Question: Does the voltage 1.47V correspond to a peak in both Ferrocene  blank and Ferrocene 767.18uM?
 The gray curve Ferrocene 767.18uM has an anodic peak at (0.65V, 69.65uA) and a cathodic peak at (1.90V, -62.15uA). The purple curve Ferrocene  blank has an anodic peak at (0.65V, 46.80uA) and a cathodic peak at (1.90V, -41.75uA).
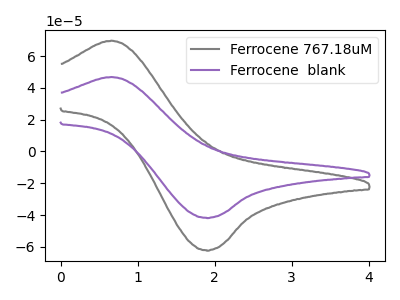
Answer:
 <answer>No, "Ferrocene  blank" and "Ferrocene 767.18uM" dont share a peak at 1.47V.</answer>
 <eval>mismatch</eval>